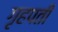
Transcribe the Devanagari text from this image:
गृहपती